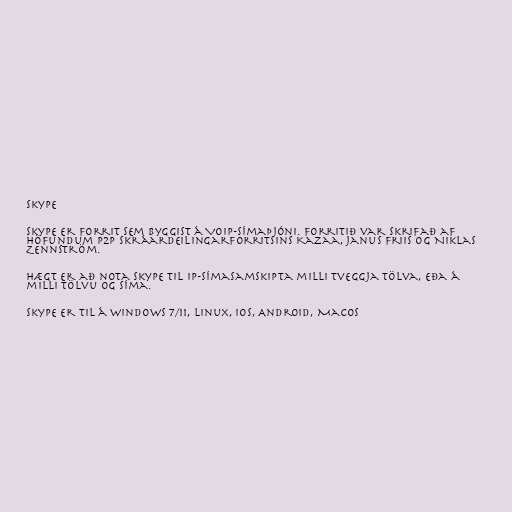
Skype

Skype er forrit sem byggist á VoIP-símaþjóni. Forritið var skrifað af
höfundum P2P skráardeilingarforritsins Kazaa, Janus Friis og Niklas
Zennström.

Hægt er að nota Skype til IP-símasamskipta milli tveggja tölva, eða á
milli tölvu og síma.

Skype er til á Windows 7/11, Linux, iOS, Android, MacOS